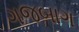
ગજબાગ